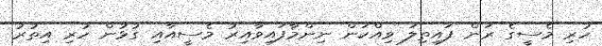
ހުރި މެސީގެ ރަން ފައިތިލަ ވިއްކަން ނިންމާފައިވާއިރު މެސީއާއި ގުޅުން ހުރި އިތުރު